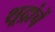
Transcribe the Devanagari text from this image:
शूद्रांचें